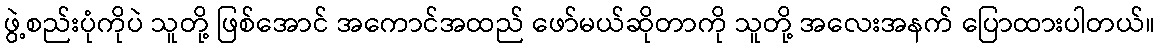
ဖွဲ့စည်းပုံကိုပဲ သူတို့ ဖြစ်အောင် အကောင်အထည် ဖော်မယ်ဆိုတာကို သူတို့ အလေးအနက် ပြောထားပါတယ်။